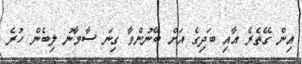
އިން ގޭތެރެ އާއި ބަދިގެ އަށް ބޭނުންވާ ގިނަ ސާމާނު ލިބެން ހުރެ